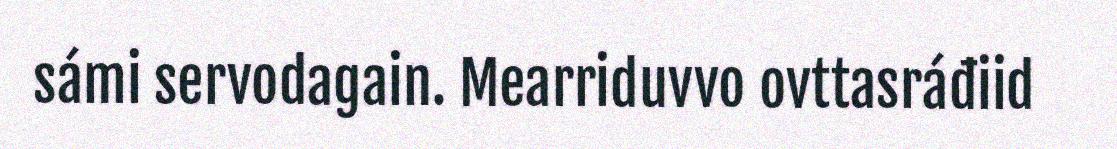
sámi servodagain. Mearriduvvo ovttasráđiid